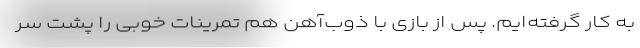
به کار گرفته‌ایم. پس از بازی با ذوب‌آهن هم تمرینات خوبی را پشت سر